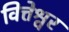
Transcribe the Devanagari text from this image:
वित्तेश्वर